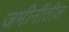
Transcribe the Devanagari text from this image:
जमीनींतील